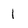
Character: 1